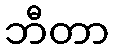
ဘီတာ